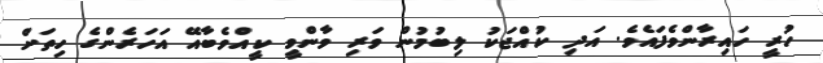
ހުރީ ހައިރާންވެފައެވެ. އަދި ކުއްޖަކު ލިބުމުން ވަރި ވާންވީ ކީއްވެބާއޭ އަހަރެންގެ ހިތަށް